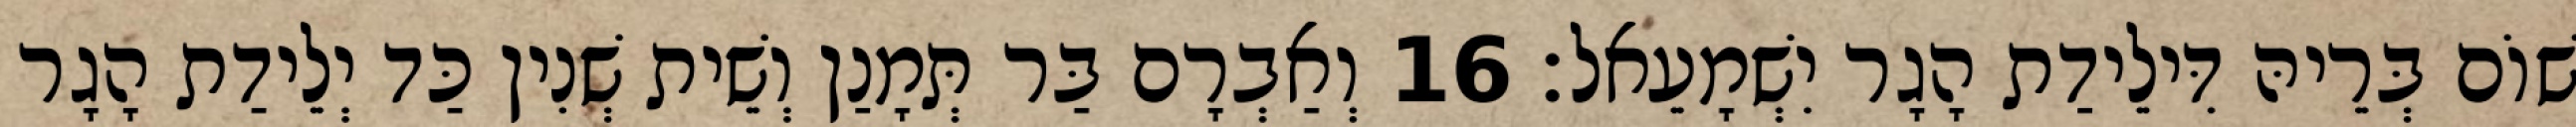
שׁוֹם בְּרֵיהּ דִּילֵידַת הָגָר יִשְׁמָעֵאל׃ 16 וְאַבְרָם בַּר תְּמָנַן וְשֵׁית שְׁנִין כַּד יְלֵידַת הָגָר